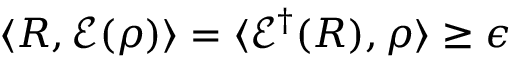
\langle R , { \mathcal { E } } ( \rho ) \rangle = \langle { \mathcal { E } } ^ { \dagger } ( R ) , \rho \rangle \geq \epsilon